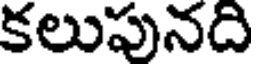
కలుపునది